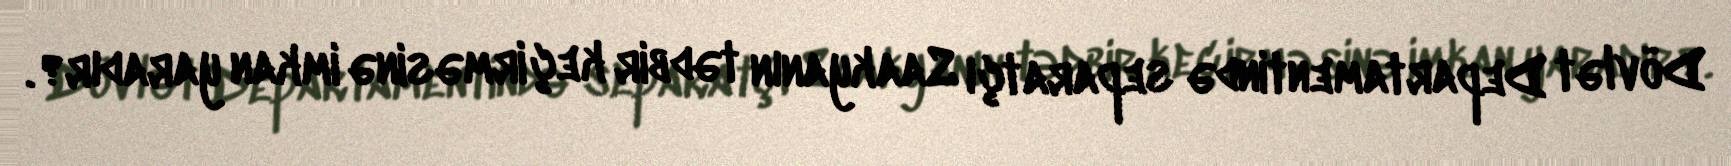
Dövlət Departamentində separatçı Saakyanın tədbir keçirməsinə imkan yaradır?.